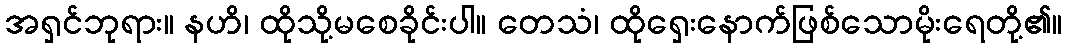
အရှင်ဘုရား။ နဟိ၊ ထိုသို့မစေခိုင်းပါ။ တေသံ၊ ထိုရှေးနောက်ဖြစ်သောမိုးရေတို့၏။